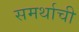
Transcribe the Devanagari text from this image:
समर्थाची